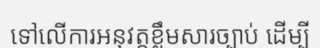
ទៅលើការអនុវត្តខ្លឹមសារច្បាប់ ដើម្បី